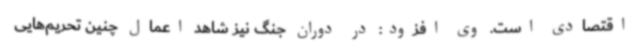
اقتصادی است. وی افزود: در دوران جنگ نیز شاهد اعمال چنین تحریم‌هایی